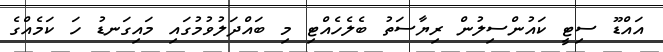
އައްޑޫ ސިޓީ ކައުންސިލުން ރިޔާސަތު ބެލެހެއްޓި މި ބައްދަލުވުމުގައި މައިގަނޑު ހަ ކަމެއްގެ